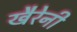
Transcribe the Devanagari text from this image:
खैरेनी